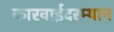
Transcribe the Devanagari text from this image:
कारवाईदरम्यान